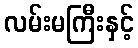
လမ်းမကြီးနှင့်